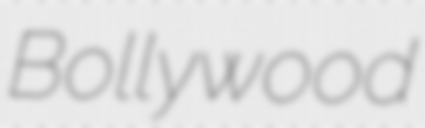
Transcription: Bollywood